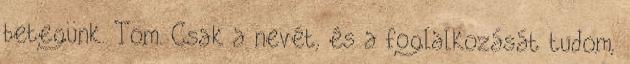
betegünk. Tom. Csak a nevét, és a foglalkozását tudom,